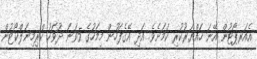
އެއަރޕޯޓުން އޭނަ ހައްޔަރުކުރި ކަމަށެވެ. އަދި އޭގެފަހުން މިމަހުގެ 5ވަނަ ދުވަހު ކްރިމިނަލްކޯޓުން